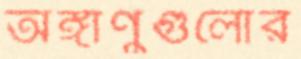
অঙ্গাণুগুলোর